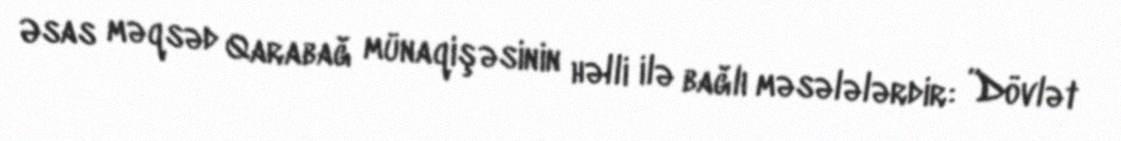
Əsas məqsəd Qarabağ münaqişəsinin həlli ilə bağlı məsələlərdir: ”Dövlət